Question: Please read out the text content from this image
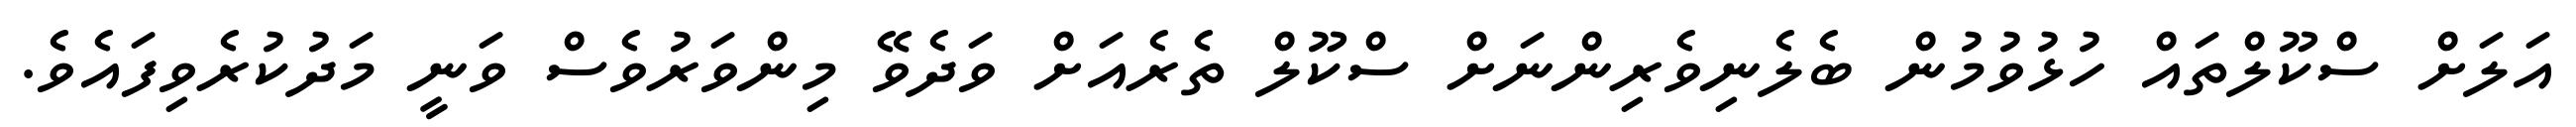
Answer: އަލަށް ސްކޫލްތައް ހުޅުވުމުން ބެލެނިވެރިންނަށް ސްކޫލް ތެރެއަށް ވަދެވޭ މިންވަރުވެސް ވަނީ މަދުކުރެވިފައެވެ.